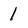
Character: 1